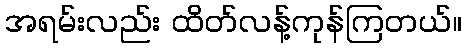
အရမ်းလည်း ထိတ်လန့်ကုန်ကြတယ်။